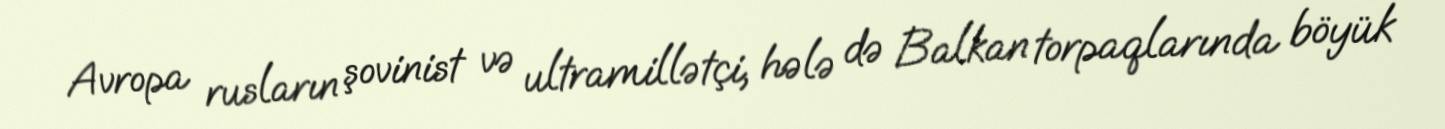
Avropa rusların şovinist və ultramillətçi, hələ də Balkan torpaqlarında böyük